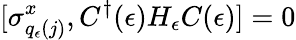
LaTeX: [\sigma_{q_{\epsilon}(j)}^{x},C^{\dagger}(\epsilon)H_{\epsilon}C(\epsilon)]=0